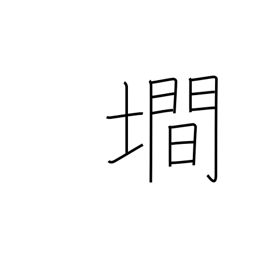
Meaning: steep slope